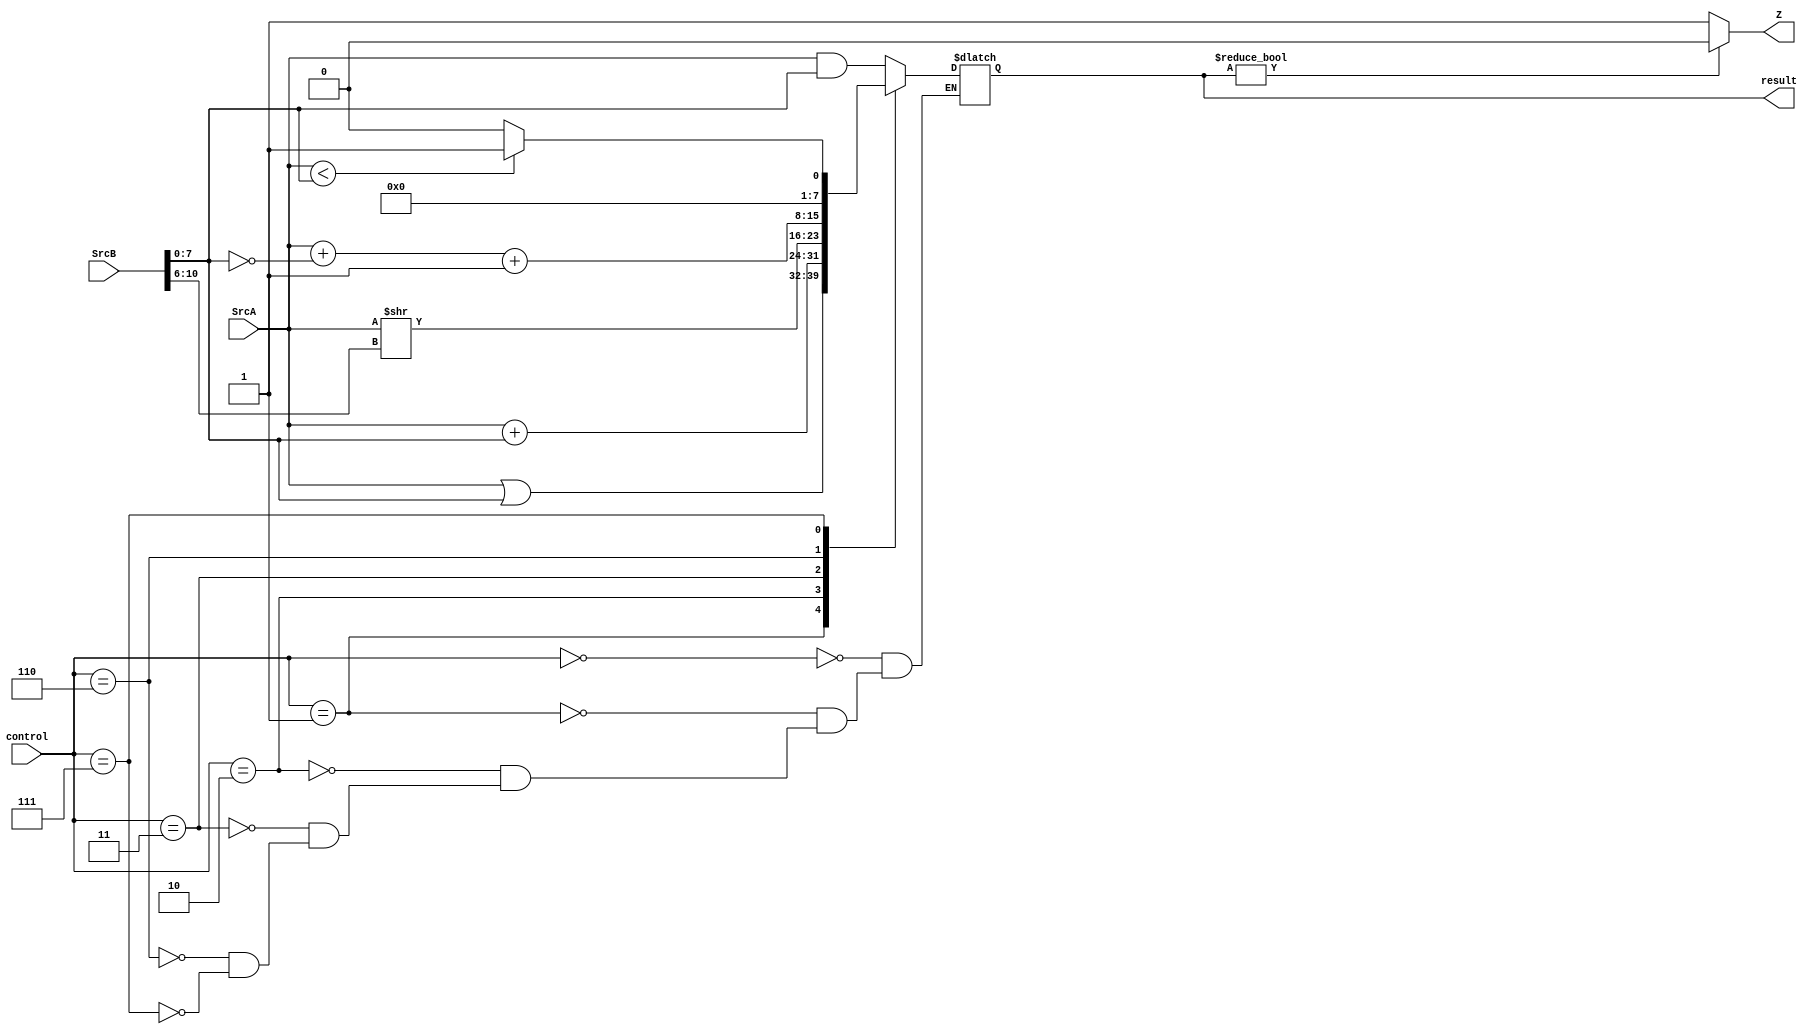
module ULA (input [7:0]SrcA, input [15:0]SrcB, input [2:0]control, output reg [7:0]result, output Z);

  assign Z = result ? 0 : 1;
  
  always @ (*) 
    
    begin
    
      case(control)

        1'd0: result = SrcA & SrcB[7:0];
        1'd1: result = SrcA | SrcB[7:0];
        3'd2: result = SrcA + SrcB[7:0];
		  3'd3: result = SrcA >> SrcB[10:6];
        3'd6: result = SrcA + ~(SrcB[7:0]) + 1;
        3'd7: result = (SrcA < SrcB[7:0]) ? 1 : 0;
		endcase
		
    end
    
endmodule